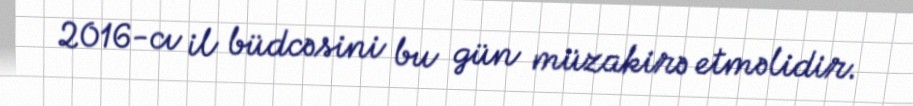
2016-cı il büdcəsini bu gün müzakirə etməlidir.